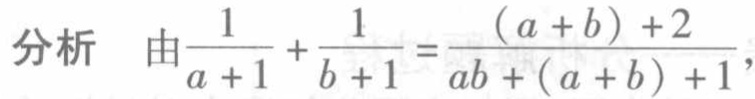
分析 由$\frac{1}{a + 1}+ \frac{1}{b + 1}=\frac{(a + b)+2}{ab+(a + b)+1}$，